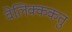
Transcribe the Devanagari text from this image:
वेलिक्ककतु